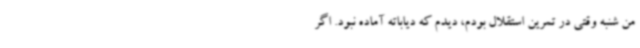
من شنبه وقتی در تمرین استقلال بودم، دیدم که دیاباته آماده نبود. اگر